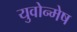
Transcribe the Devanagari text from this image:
युवोन्मेष